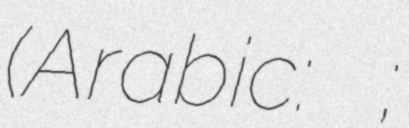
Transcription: (Arabic:محمد الجابري;